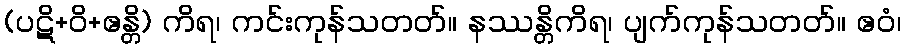
(ပဋိ+ဝိ+ဧန္တိ) ကိရ၊ ကင်းကုန်သတတ်။ နဿန္တိကိရ၊ ပျက်ကုန်သတတ်။ ဧဝံ၊